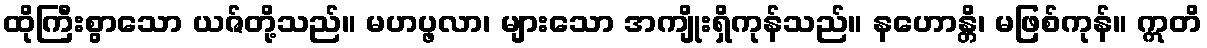
ထိုကြီးစွာသော ယဇ်တို့သည်။ မဟပ္ဖလာ၊ များသော အကျိုးရှိကုန်သည်။ နဟောန္တိ၊ မဖြစ်ကုန်။ ဣတိ